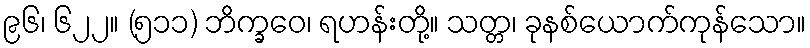
၉၆၊ ၆၂၂။ (၅၁၁) ဘိက္ခဝေ၊ ရဟန်းတို့။ သတ္တ၊ ခုနစ်ယောက်ကုန်သော။